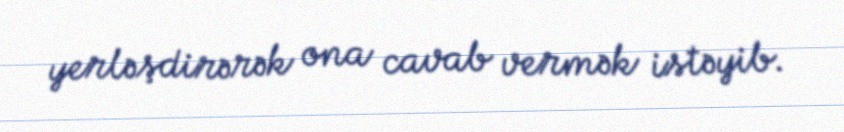
yerləşdirərək ona cavab vermək istəyib.